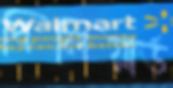
বিলিয়ার্ড